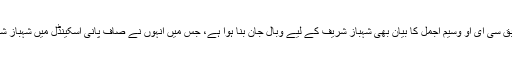
دوسری جانب صاف پانی کمپنی میں زیر حراست سابق سی ای او وسیم اجمل کا بیان بھی شہباز شریف کے لیے وبال جان بنا ہوا ہے، جس میں انہوں نے صاف پانی اسکینڈل میں شہباز شریف کے براہ راست ملوث ہونے کی تصدیق کی ہے۔